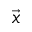
\vec { x }